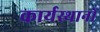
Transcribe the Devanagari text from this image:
कार्यस्थानों